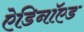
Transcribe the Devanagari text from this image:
ऐडिनॉएड